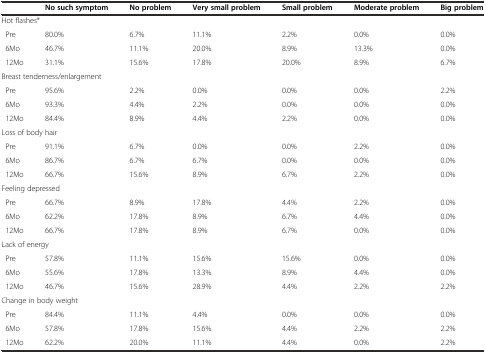
|  | No such symptom | No problem | Very small problem | Small problem | Moderate problem | Big problem |
 | --- | --- | --- | --- | --- | --- | --- |
 | <COLSPAN=7> Hot flashes* |
 | Pre | 80.0% | 6.7% | 11.1% | 2.2% | 0.0% | 0.0% |
 | 6Mo | 46.7% | 11.1% | 20.0% | 8.9% | 13.3% | 0.0% |
 | 12Mo | 31.1% | 15.6% | 17.8% | 20.0% | 8.9% | 6.7% |
 | <COLSPAN=7> Breast tenderness/enlargement |
 | Pre | 95.6% | 2.2% | 0.0% | 0.0% | 0.0% | 2.2% |
 | 6Mo | 93.3% | 4.4% | 2.2% | 0.0% | 0.0% | 0.0% |
 | 12Mo | 84.4% | 8.9% | 4.4% | 2.2% | 0.0% | 0.0% |
 | <COLSPAN=7> Loss of body hair |
 | Pre | 91.1% | 6.7% | 0.0% | 0.0% | 2.2% | 0.0% |
 | 6Mo | 86.7% | 6.7% | 6.7% | 0.0% | 0.0% | 0.0% |
 | 12Mo | 66.7% | 15.6% | 8.9% | 6.7% | 2.2% | 0.0% |
 | <COLSPAN=7> Feeling depressed |
 | Pre | 66.7% | 8.9% | 17.8% | 4.4% | 2.2% | 0.0% |
 | 6Mo | 62.2% | 17.8% | 8.9% | 6.7% | 4.4% | 0.0% |
 | 12Mo | 66.7% | 17.8% | 8.9% | 6.7% | 0.0% | 0.0% |
 | <COLSPAN=7> Lack of energy |
 | Pre | 57.8% | 11.1% | 15.6% | 15.6% | 0.0% | 0.0% |
 | 6Mo | 55.6% | 17.8% | 13.3% | 8.9% | 4.4% | 0.0% |
 | 12Mo | 46.7% | 15.6% | 28.9% | 4.4% | 2.2% | 2.2% |
 | <COLSPAN=7> Change in body weight |
 | Pre | 84.4% | 11.1% | 4.4% | 0.0% | 0.0% | 0.0% |
 | 6Mo | 57.8% | 17.8% | 15.6% | 4.4% | 2.2% | 2.2% |
 | 12Mo | 62.2% | 20.0% | 11.1% | 4.4% | 0.0% | 2.2% |